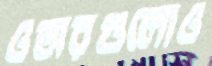
ওভারগুলোও